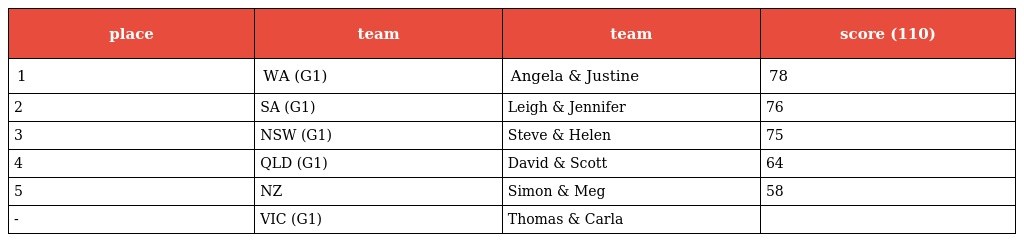
| place | team | team | score (110) |
 | --- | --- | --- | --- |
 | 1 | WA (G1) | Angela & Justine | 78 |
 | 2 | SA (G1) | Leigh & Jennifer | 76 |
 | 3 | NSW (G1) | Steve & Helen | 75 |
 | 4 | QLD (G1) | David & Scott | 64 |
 | 5 | NZ | Simon & Meg | 58 |
 | - | VIC (G1) | Thomas & Carla |  |